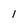
Character: l